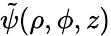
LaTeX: \tilde{\psi}(\rho,\phi,z)